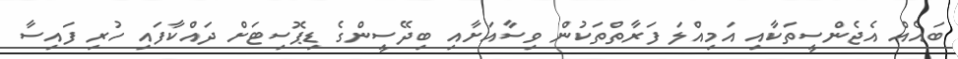
ބައެއް އެޖެންސީތަކާއި އަމިއްލަ ފަރާތްތަކުން ވިސާއަށާއި ބިދޭސީންގެ ޑިޕޮސިޓަށް ދައްކާފައި ހުރި ފައިސާ